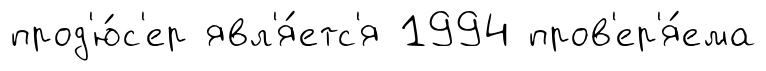
прод'ю́с'ер явл'я́етс'я 1994 пров'ер'я́ема